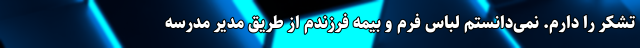
تشکر را دارم. نمی‌دانستم لباس فرم و بیمه فرزندم از طریق مدیر مدرسه